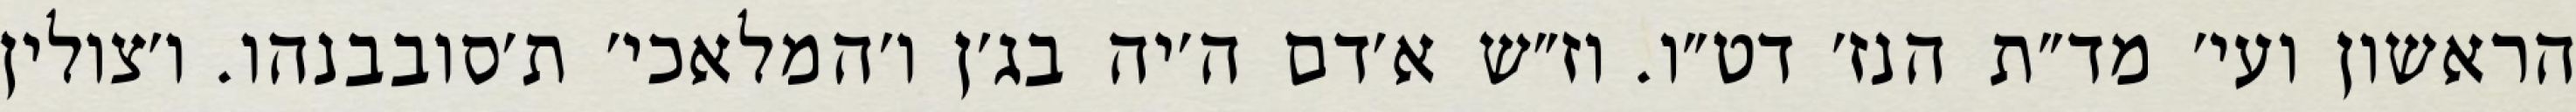
הראשון ועי׳ מד״ת הנז׳ דט״ו. וז״ש א׳דם ה׳יה בג׳ן ו׳המלאכי׳ ת׳סובבנהו. ו׳צולין